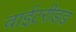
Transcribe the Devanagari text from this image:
वाईटरीडड